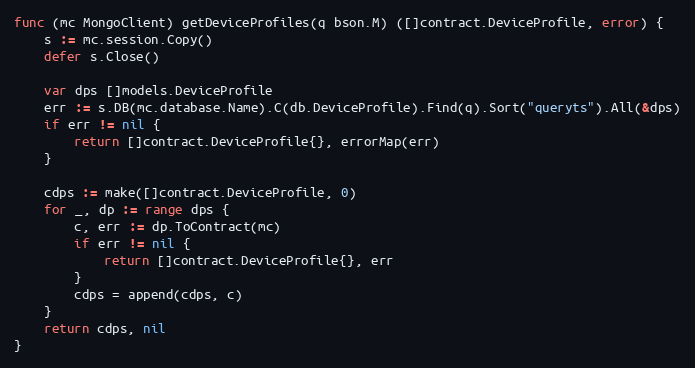
Language: Go
func (mc MongoClient) getDeviceProfiles(q bson.M) ([]contract.DeviceProfile, error) {
	s := mc.session.Copy()
	defer s.Close()

	var dps []models.DeviceProfile
	err := s.DB(mc.database.Name).C(db.DeviceProfile).Find(q).Sort("queryts").All(&dps)
	if err != nil {
		return []contract.DeviceProfile{}, errorMap(err)
	}

	cdps := make([]contract.DeviceProfile, 0)
	for _, dp := range dps {
		c, err := dp.ToContract(mc)
		if err != nil {
			return []contract.DeviceProfile{}, err
		}
		cdps = append(cdps, c)
	}
	return cdps, nil
}